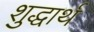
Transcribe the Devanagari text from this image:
शुद्धार्थ